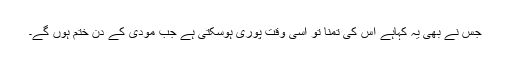
جس نے بھی یہ کہاہے اس کی تمنا تو اسی وقت پوری ہوسکتی ہے جب مودی کے دن ختم ہوں گے۔